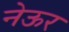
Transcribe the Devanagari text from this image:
नेऊर